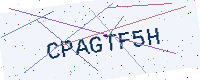
Text: CPAGTF5H